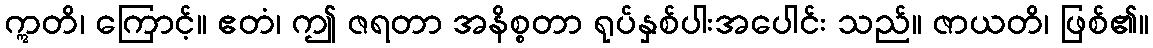
ဣတိ၊ ကြောင့်။ ဧတံ၊ ဤ ဇရတာ အနိစ္စတာ ရုပ်နှစ်ပါးအပေါင်း သည်။ ဇာယတိ၊ ဖြစ်၏။